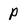
Character: p